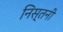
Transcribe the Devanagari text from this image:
निस्तनी